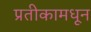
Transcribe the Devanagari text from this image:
प्रतीकामधून